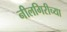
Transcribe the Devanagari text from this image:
नीलगिरीच्या